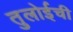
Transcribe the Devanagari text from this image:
तुलोईची